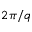
2 \pi / q